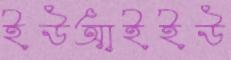
ইউআইইউ